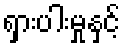
ရှားပါးမှုနှင့်